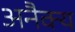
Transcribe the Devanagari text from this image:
अनैक्य